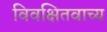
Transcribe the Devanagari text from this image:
विवक्षितवाच्य